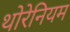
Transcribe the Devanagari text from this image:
थोरेनियम